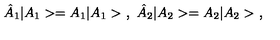
\hat { A } _ { 1 } | A _ { 1 } > = A _ { 1 } | A _ { 1 } > \ , \ \hat { A } _ { 2 } | A _ { 2 } > = A _ { 2 } | A _ { 2 } > \ ,